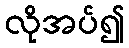
လိုအပ်၍